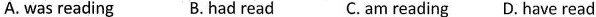
A. was reading B.had read C. am reading D. Have read